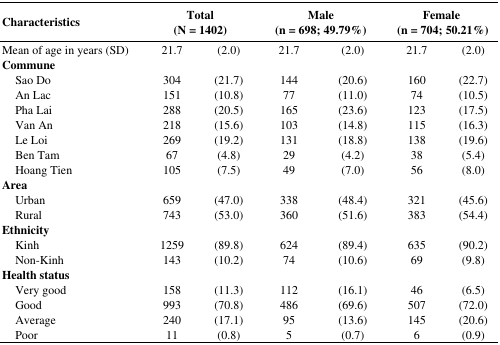
| <COLSPAN=2> Characteristics | <COLSPAN=2> Total (N = 1402) | <COLSPAN=2> Male (n = 698; 49.79%) | <COLSPAN=2> Female (n = 704; 50.21%) |
 | --- | --- | --- | --- | --- | --- | --- | --- |
 | <COLSPAN=2> Mean of age in years (SD) | 21.7 | (2.0) | 21.7 | (2.0) | 21.7 | (2.0) |
 | <COLSPAN=2> Commune |  |  |  |  |  |  |
 | <COLSPAN=2> Sao Do | 304 | (21.7) | 144 | (20.6) | 160 | (22.7) |
 | <COLSPAN=2> An Lac | 151 | (10.8) | 77 | (11.0) | 74 | (10.5) |
 | <COLSPAN=2> Pha Lai | 288 | (20.5) | 165 | (23.6) | 123 | (17.5) |
 | <COLSPAN=2> Van An | 218 | (15.6) | 103 | (14.8) | 115 | (16.3) |
 | <COLSPAN=2> Le Loi | 269 | (19.2) | 131 | (18.8) | 138 | (19.6) |
 | <COLSPAN=2> Ben Tam | 67 | (4.8) | 29 | (4.2) | 38 | (5.4) |
 | <COLSPAN=2> Hoang Tien | 105 | (7.5) | 49 | (7.0) | 56 | (8.0) |
 | <COLSPAN=2> Area |  |  |  |  |  |  |
 | <COLSPAN=2> Urban | 659 | (47.0) | 338 | (48.4) | 321 | (45.6) |
 | <COLSPAN=2> Rural | 743 | (53.0) | 360 | (51.6) | 383 | (54.4) |
 | <COLSPAN=2> Ethnicity |  |  |  |  |  |  |
 | <COLSPAN=2> Kinh | 1259 | (89.8) | 624 | (89.4) | 635 | (90.2) |
 | <COLSPAN=2> Non-Kinh | 143 | (10.2) | 74 | (10.6) | 69 | (9.8) |
 | <COLSPAN=2> Health status |  |  |  |  |  |  |
 | <COLSPAN=2> Very good | 158 | (11.3) | 112 | (16.1) | 46 | (6.5) |
 | <COLSPAN=2> Good | 993 | (70.8) | 486 | (69.6) | 507 | (72.0) |
 | <COLSPAN=2> Average | 240 | (17.1) | 95 | (13.6) | 145 | (20.6) |
 | <COLSPAN=2> Poor | 11 | (0.8) | 5 | (0.7) | 6 | (0.9) |